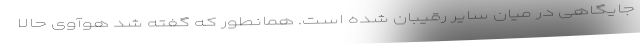
جایگاهی در میان سایر رقیبان شده است. همانطور که گفته شد هوآوی حالا